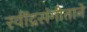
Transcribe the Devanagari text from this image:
रवींद्रसंगीताने